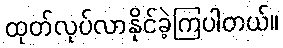
ထုတ်လုပ်လာနိုင်ခဲ့ကြပါတယ်။